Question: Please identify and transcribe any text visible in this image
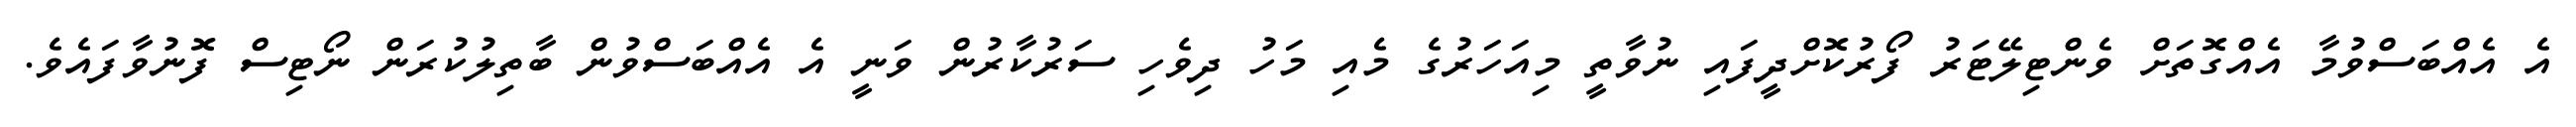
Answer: އެ އެއްބަސްވުމާ އެއްގޮތަށް ވެންޓިލޭޓަރު ފޯރުކޮށްދީފައި ނުވާތީ މިއަހަރުގެ މެއި މަހު ދިވެހި ސަރުކާރުން ވަނީ އެ އެއްބަސްވުން ބާތިލުކުރަން ނޯޓިސް ފޮނުވާފައެވެ.